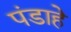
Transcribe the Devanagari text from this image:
पंडाहे